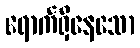
ရောက်ရှိနေသော